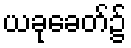
ယခုခေတ်၌